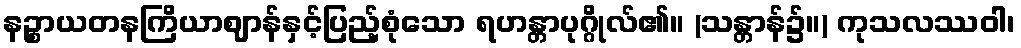
နဉ္စာယတနကြိယာဈာန်နှင့်ပြည့်စုံသော ရဟန္တာပုဂ္ဂိုလ်၏။ (သန္တာန်၌။) ကုသလဿဝါ၊